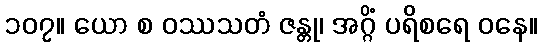
၁၀၇။ ယော စ ဝဿသတံ ဇန္တု၊ အဂ္ဂိံ ပရိစရေ ဝနေ။